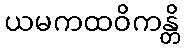
ယမကထဝိကန္တိ